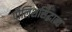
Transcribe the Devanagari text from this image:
पौलिशसिद्धान्त